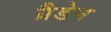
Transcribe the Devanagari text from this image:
ग्रैडेन